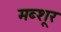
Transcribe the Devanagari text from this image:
मब्शूर